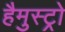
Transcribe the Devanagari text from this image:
हैमुस्ट्रो